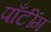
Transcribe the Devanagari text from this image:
पाँटींग